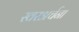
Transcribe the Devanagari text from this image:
स्वरअर्चना